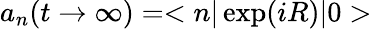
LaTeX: a_{n}(t\rightarrow\infty)=<n|\exp(iR)|0>